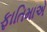
ફાતિમાએ